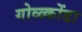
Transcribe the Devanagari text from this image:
गोळ्कोंडा